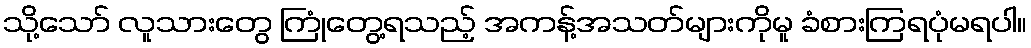
သို့သော် လူသားတွေ ကြုံတွေ့ရသည့် အကန့်အသတ်များကိုမူ ခံစားကြရပုံမရပါ။